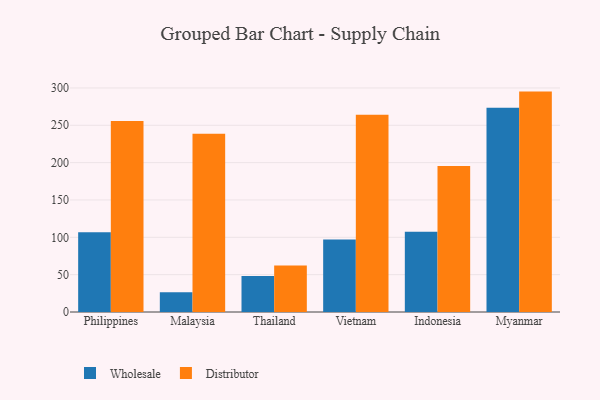
{"axis": {"x": "Country", "y": "Tickets Resolved"}, "legend": ["Distributor", "Wholesale"], "data": [{"x": "Philippines", "y": 106.9, "type": "Wholesale"}, {"x": "Philippines", "y": 255.7, "type": "Distributor"}, {"x": "Malaysia", "y": 26.3, "type": "Wholesale"}, {"x": "Malaysia", "y": 238.5, "type": "Distributor"}, {"x": "Thailand", "y": 48.3, "type": "Wholesale"}, {"x": "Thailand", "y": 62.2, "type": "Distributor"}, {"x": "Vietnam", "y": 97.0, "type": "Wholesale"}, {"x": "Vietnam", "y": 264.1, "type": "Distributor"}, {"x": "Indonesia", "y": 107.6, "type": "Wholesale"}, {"x": "Indonesia", "y": 195.4, "type": "Distributor"}, {"x": "Myanmar", "y": 273.5, "type": "Wholesale"}, {"x": "Myanmar", "y": 295.1, "type": "Distributor"}]}